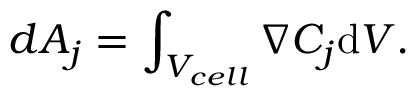
d A _ { j } = \int _ { V _ { c e l l } } \boldsymbol { \nabla } C _ { j } \mathrm { d } V .